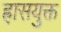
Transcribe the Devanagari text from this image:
ह्रासयुक्त